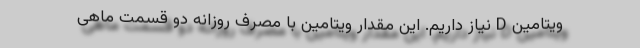
ویتامین D نیاز داریم. این مقدار ویتامین با مصرف روزانه دو قسمت ماهی